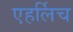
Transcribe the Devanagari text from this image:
एहर्लिच